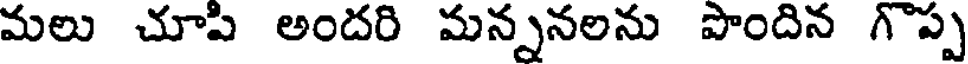
మలు చూపి అందరి మన్ననలను పొందిన గొప్ప